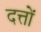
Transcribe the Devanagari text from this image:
दत्तों